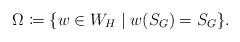
LaTeX: \begin{align*} \Omega \coloneqq \{ w\in W_H \mid w(S_G) = S_G\}.\end{align*}